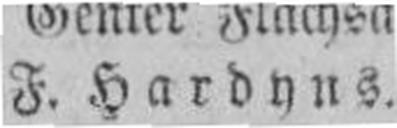
F. Hardyns.